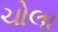
ચોલા